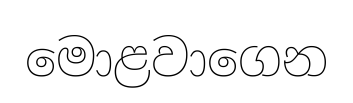
මොළවාගෙන